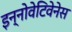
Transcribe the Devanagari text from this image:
इन्नोवेटिवेनेस